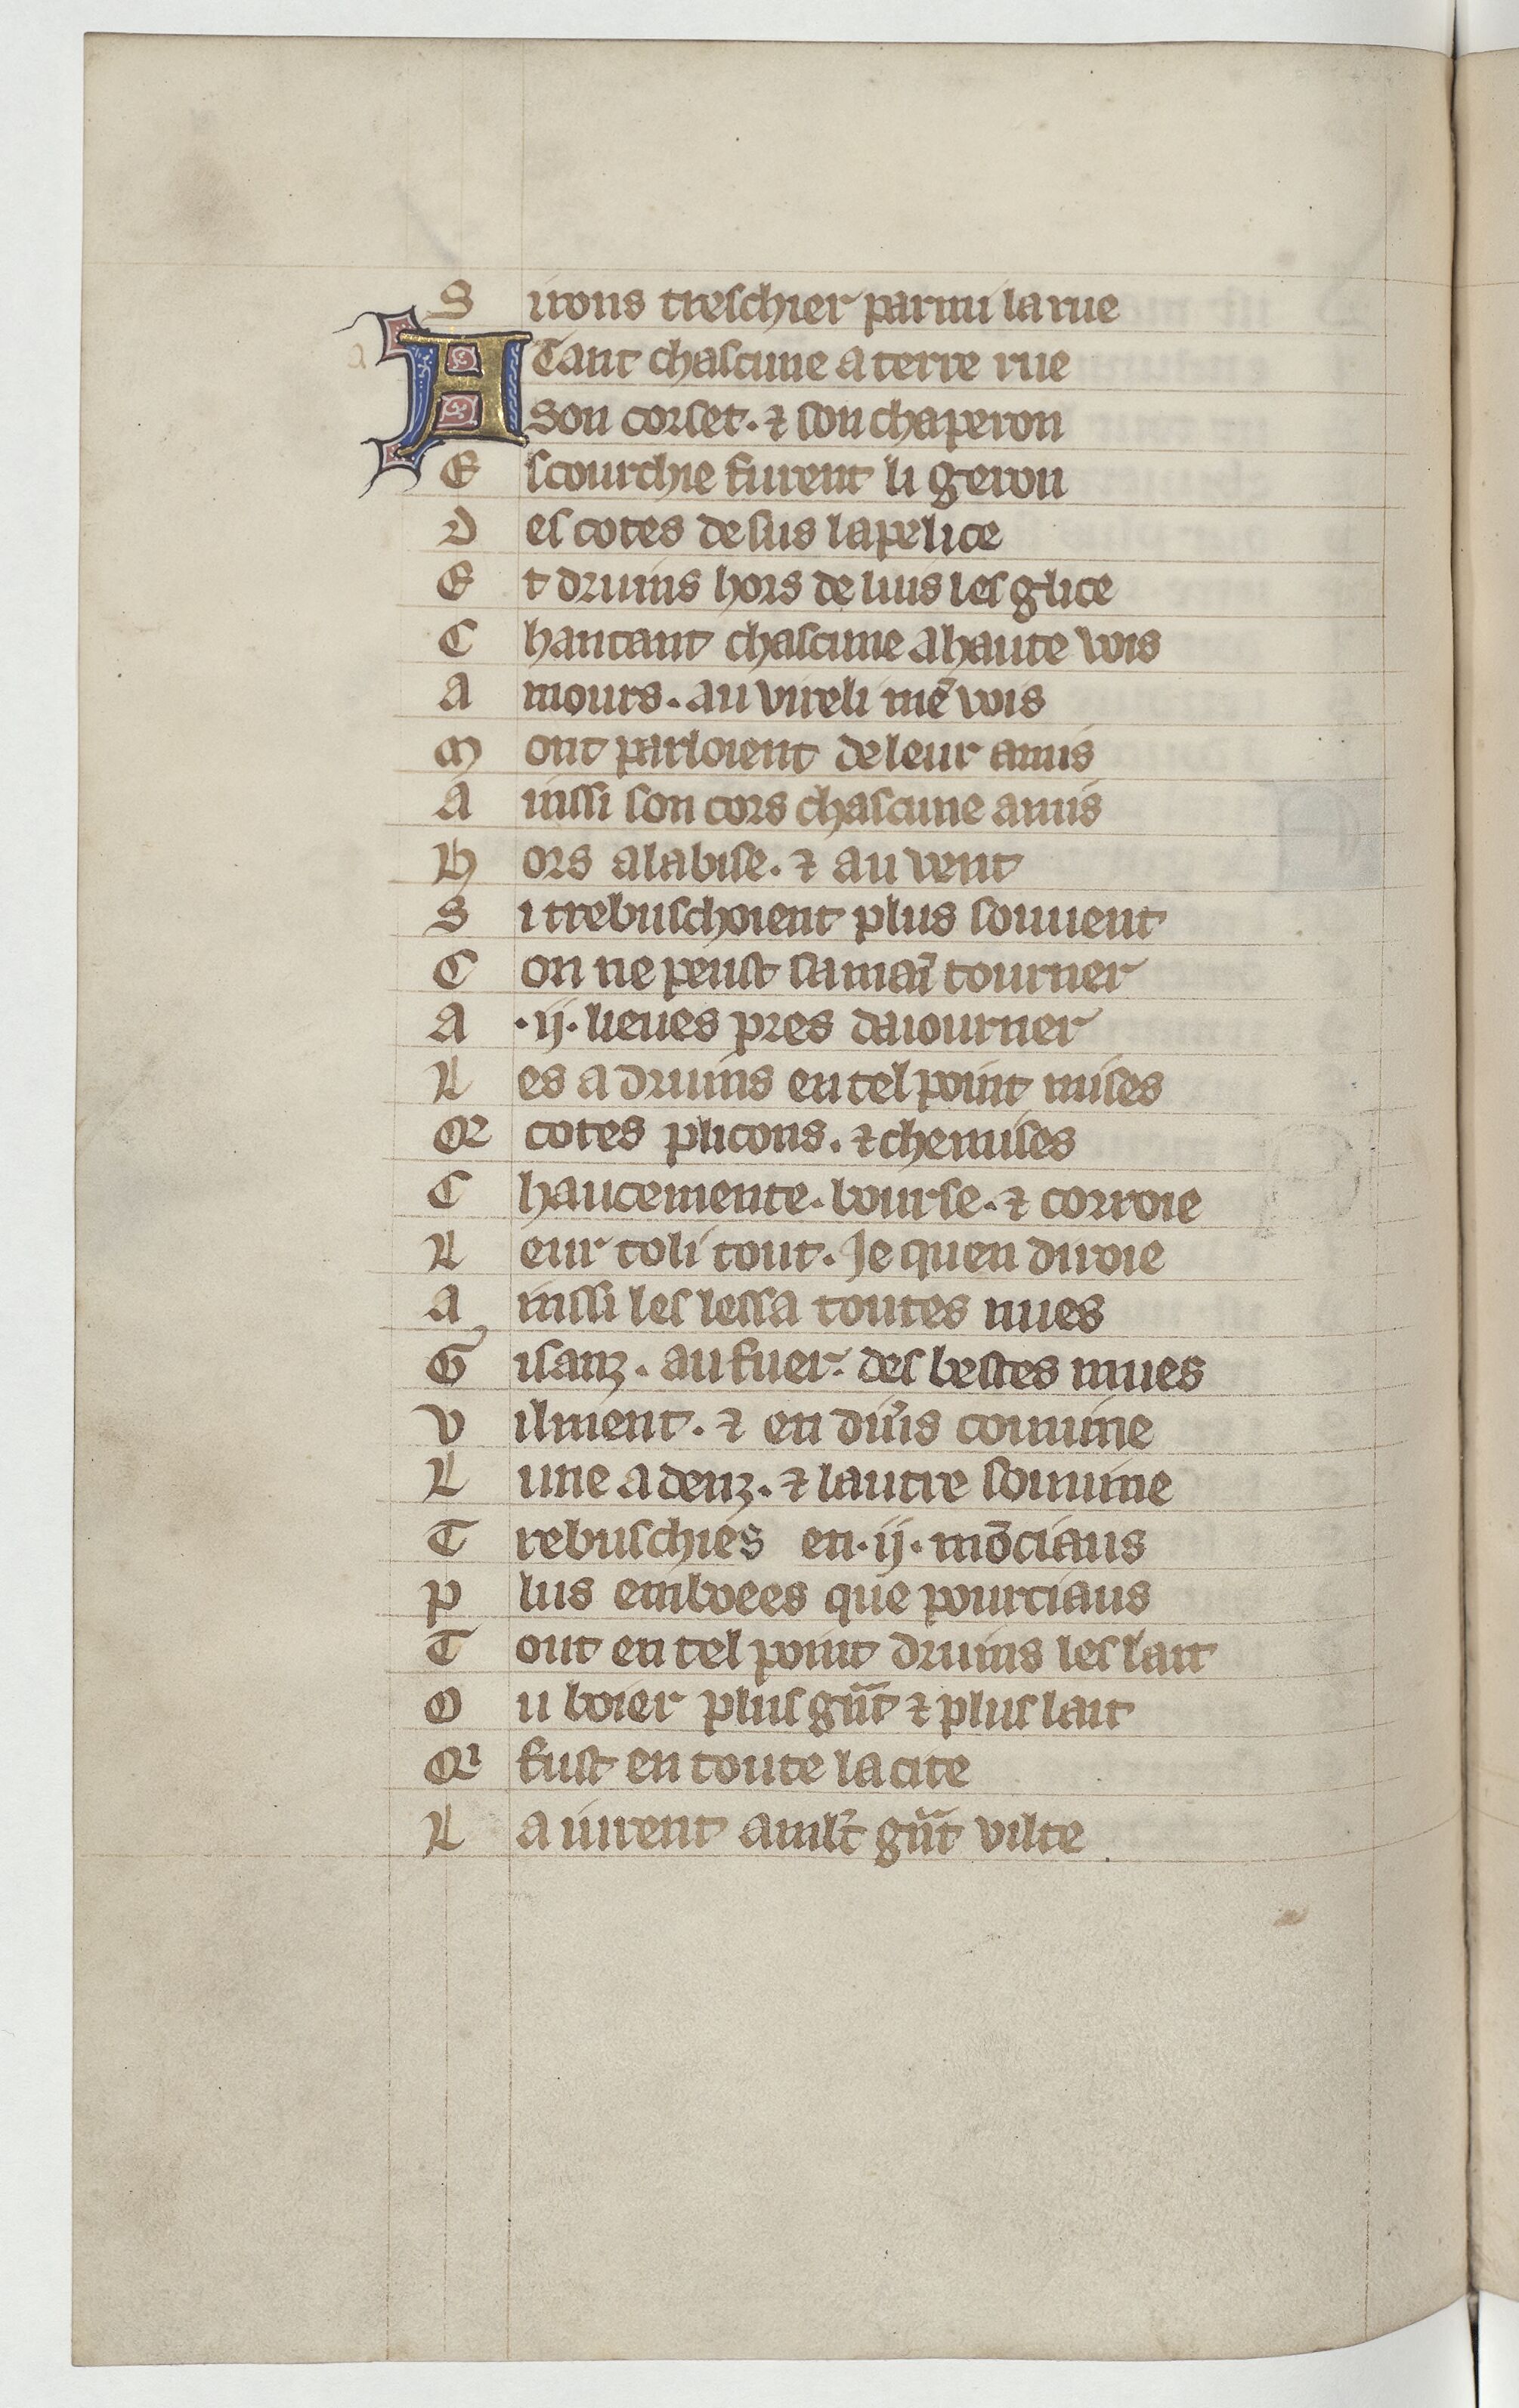
Shelfmark: Paris, BnF, Arsenal ms. 3525
Century: 14